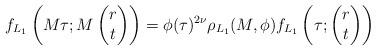
LaTeX: \begin{align*}f_{L_1}\left(M\tau; M\begin{pmatrix} r \\ t \end{pmatrix}\right)=\phi(\tau)^{2\nu}\rho_{L_1}(M,\phi)f_{L_1}\left(\tau; \begin{pmatrix} r\\ t \end{pmatrix}\right)\end{align*}